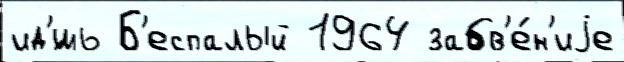
ид'́шь Б'еспалый 1964 забв'е́н'иjе